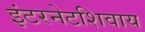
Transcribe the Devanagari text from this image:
इंटरनेटशिवाय